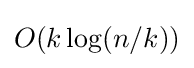
O(k\log(n/k))